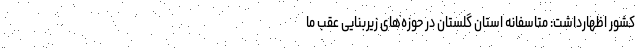
کشور اظهارداشت: متاسفانه استان گلستان در حوزه‌های زیربنایی عقب ما